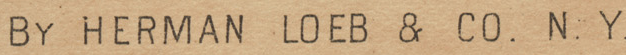
BY HERMAN LOEB & CO. N. Y.